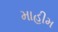
માહીમ